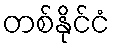
တစ်နိုင်ငံ